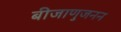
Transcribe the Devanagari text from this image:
बीजाणुजनन